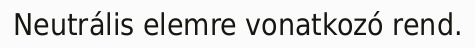
Neutrális elemre vonatkozó rend.